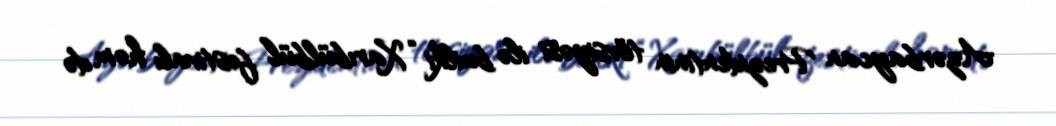
Azərbaycan Prezidentinin tövsiyəsi ilə builki “Xarıbülbül” festivalı həm də